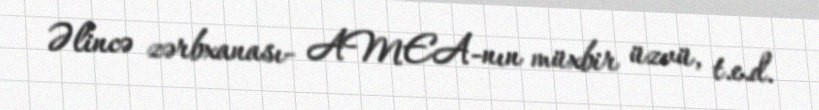
Əlincə zərbxanası- AMEA-nın müxbir üzvü, t.e.d.